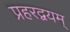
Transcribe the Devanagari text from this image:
प्रहरद्वयम्